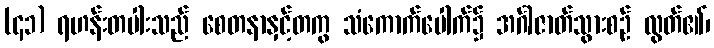
(၄၁) ရဟန်းတပါးသည် စေတနာနှင့်တကွ သံကောက်ပေါက်၌ အင်္ဂါဇာတ်သွားစဉ် လွတ်၏၊